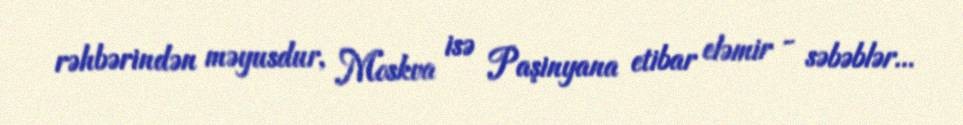
rəhbərindən məyusdur, Moskva isə Paşinyana etibar eləmir - səbəblər...